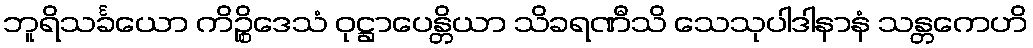
ဘူရိသင်္ခယော ကိဉ္စိဒေသံ ဝုဋ္ဌာပေန္တိယာ သိခရဏီသိ သေသုပါဒါနာနံ သန္တကေဟိ